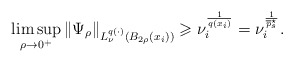
\begin{align*} \limsup_{\rho\to0^{+}}\|\Psi_{\rho}\|_{L^{q(\cdot)}_{\nu}(B_{2\rho}(x_i))}\geqslant \nu_{i}^{\frac{1}{q(x_i)}}=\nu_{i}^{\frac{1}{\overline{p}^{\star}_{s}}}. \end{align*}